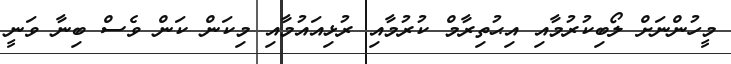
މީހުންނަށް ލޯބިކުރުމާއި އިޙުތިރާމް ކުރުމާއި ރުޅިއައުމާއި މިކަން ކަން ވެސް ބިނާ ވަނީ